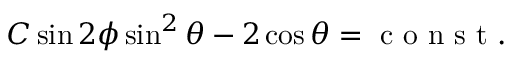
C \sin 2 \phi \sin ^ { 2 } \theta - 2 \cos \theta = \textrm { c o n s t } .